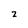
Character: z